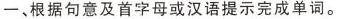
一、根据句意及首字母或汉语提示完成单词。